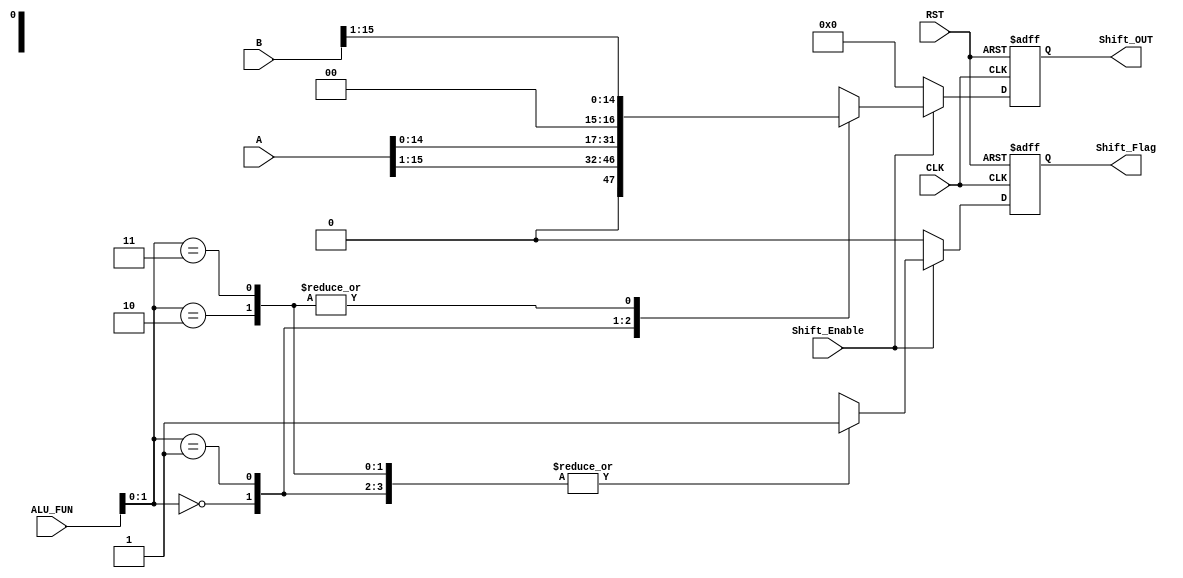
module Shift_UNIT #(parameter In_out = 16)(
  input [In_out-1:0]        A,B,
  input [3:0]               ALU_FUN,
  input                     CLK,RST,Shift_Enable,
  output reg [In_out-1:0]   Shift_OUT,
  output reg                Shift_Flag
);
  
  reg  [In_out-1:0]         ALU_comp;
  reg                       Flag_comp;
  
  always@(posedge CLK or negedge RST)
    begin
      if(!RST)
        begin
          Shift_OUT <= 'b0;
          Shift_Flag <= 1'b0;
        end
      else
        begin
          Shift_OUT <= ALU_comp;
          Shift_Flag <= Flag_comp;
        end
    end

  always@(*)
    begin
      if(Shift_Enable)
        begin
          ALU_comp = 'b0;
          case(ALU_FUN[1:0])
            2'b00:begin
                    ALU_comp = A >> 1;
                    Flag_comp = 1'b1;
                  end
            2'b01:begin
                    ALU_comp = A << 1;
                    Flag_comp = 1'b1;
                  end
            2'b10:begin
                   ALU_comp = B >> 1;
                    Flag_comp = 1'b1;
                  end
            2'b11:begin
                    ALU_comp = B >> 1;
                    Flag_comp = 1'b1;
                  end
          endcase
        end
      else
        begin
          ALU_comp = 'b0;
          Flag_comp = 1'b0;
        end
    end
endmodule